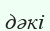
дәкі